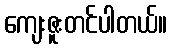
ကျေးဇူးတင်ပါတယ်။